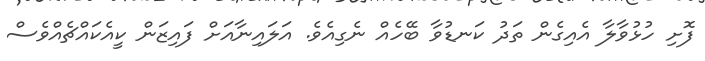
ފޮށި ހުޅުވާލާ އެއިގެން ތަދު ކަނޑުވާ ބޭހެއް ނެގިއެވެ. އަލައިނާއަށް ފައިޒަން ކީއެކައްޗެއްވެސް